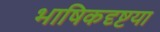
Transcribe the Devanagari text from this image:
भाषिकदृष्टया